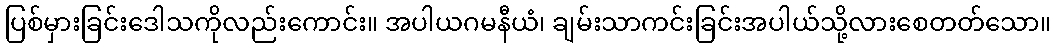
ပြစ်မှားခြင်းဒေါသကိုလည်းကောင်း။ အပါယဂမနီယံ၊ ချမ်းသာကင်းခြင်းအပါယ်သို့လားစေတတ်သော။